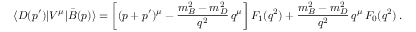
\langle D ( p ^ { \prime } ) | V ^ { \mu } | \bar { B } ( p ) \rangle = \bigg [ ( p + p ^ { \prime } ) ^ { \mu } - { \frac { m _ { B } ^ { 2 } - m _ { D } ^ { 2 } } { q ^ { 2 } } } \, q ^ { \mu } \bigg ] \, F _ { 1 } ( q ^ { 2 } ) + { \frac { m _ { B } ^ { 2 } - m _ { D } ^ { 2 } } { q ^ { 2 } } } \, q ^ { \mu } \, F _ { 0 } ( q ^ { 2 } ) \, .